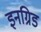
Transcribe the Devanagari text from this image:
इनग्रिड